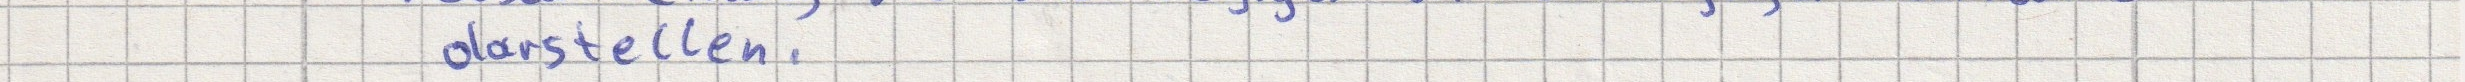
darstellen.